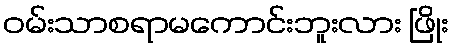
ဝမ်းသာစရာမကောင်းဘူးလား ဖြိုး